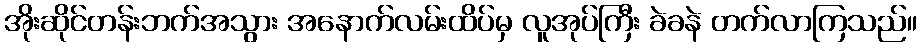
အိုးဆိုင်တန်းဘက်အသွား အနောက်လမ်းထိပ်မှ လူအုပ်ကြီး ခဲခနဲ တက်လာကြသည်။